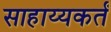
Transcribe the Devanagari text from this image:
साहाय्यकर्तं